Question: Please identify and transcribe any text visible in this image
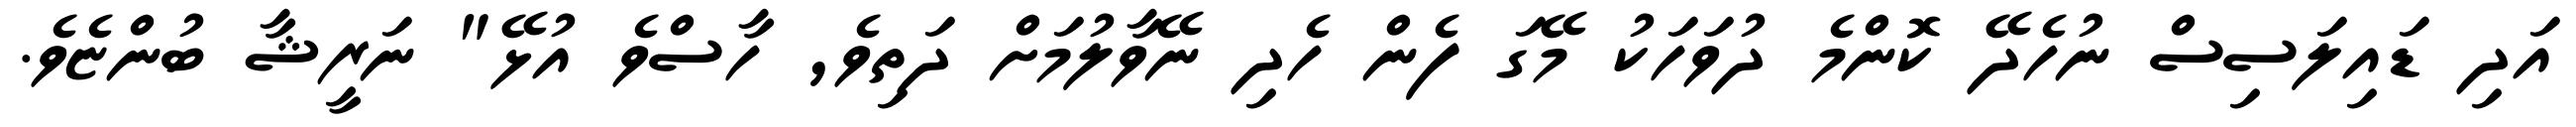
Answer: އަދި ޑައިލަސިސް ނުހެދޭ ކޮންމެ ދުވަހަކު މޭގަ ފެން ހެދި ނޭވާލުމަށް ދަތިވެ, ހާސްވެ އުޅޭ" ނަރީޝާ ބުންޏެވެ.